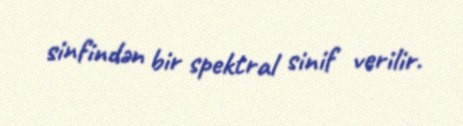
sinfindən bir spektral sinif verilir.